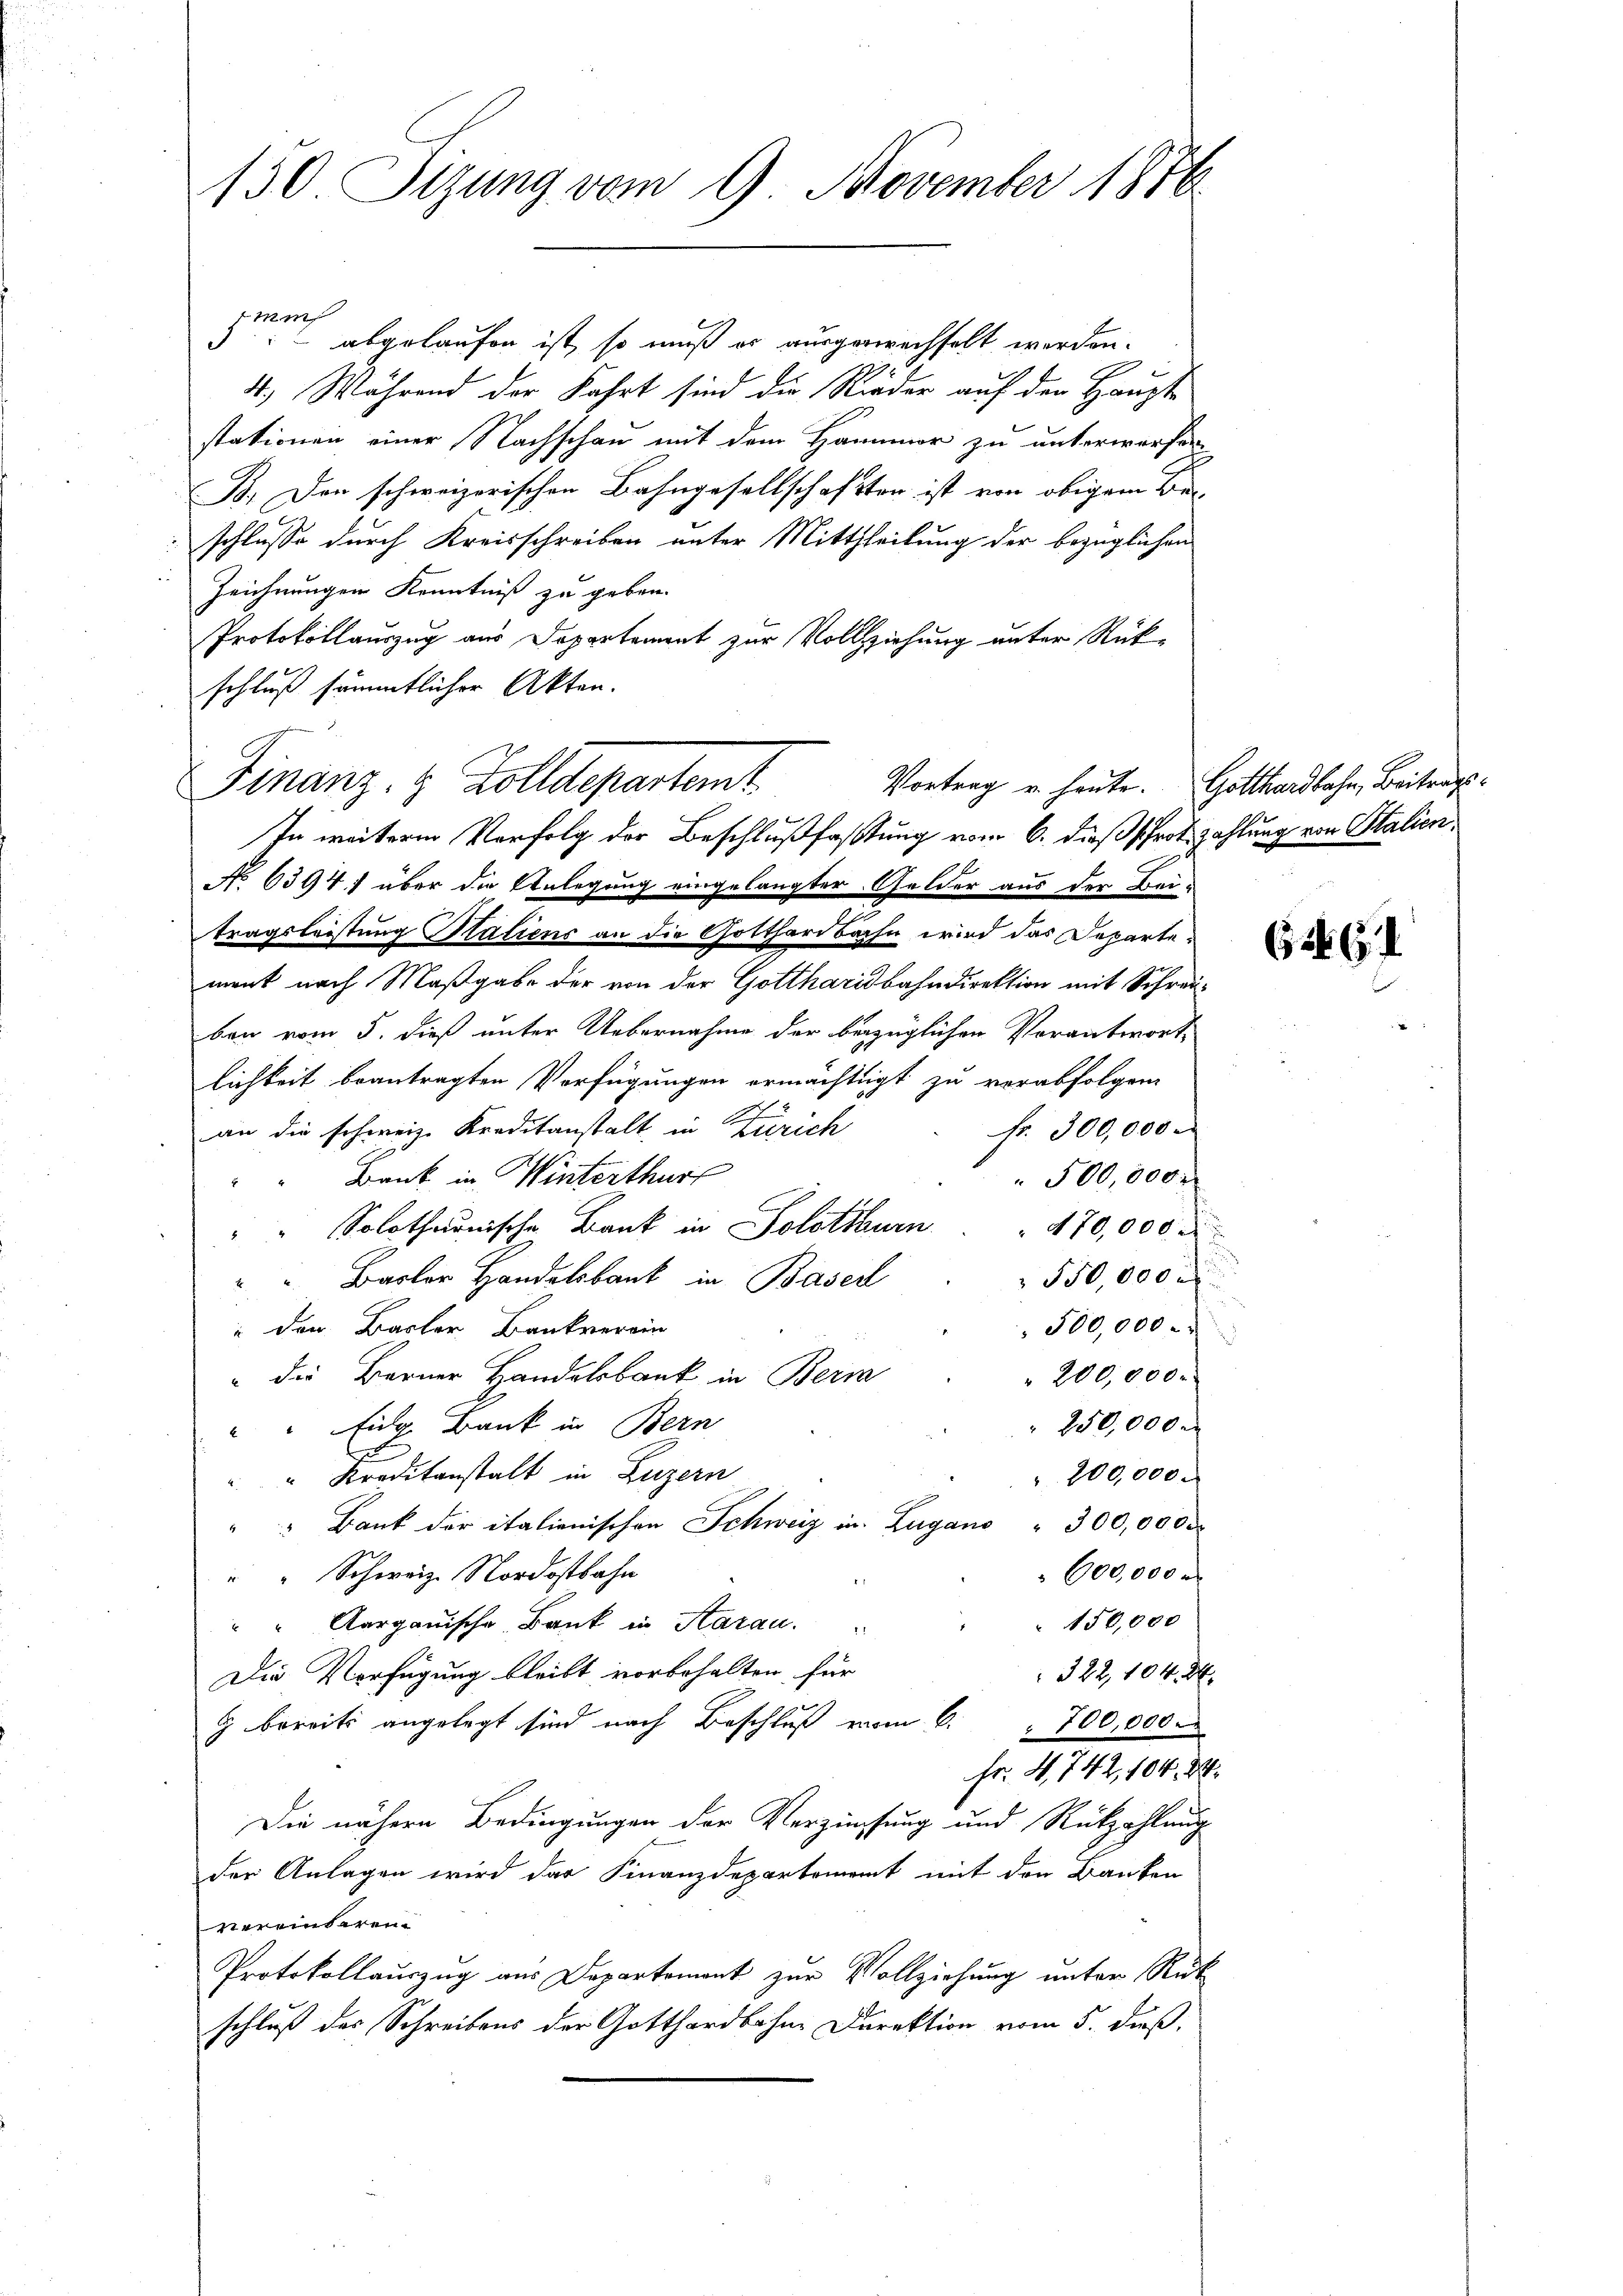
130. Sizung vom 9. November 1876

42. 412
: abgelaufen ist, so muß er ausgewechselt werden.
4.) Während der Fahrt sind die Rieder auf den Haupte
stationen einer Nachschau mit dem Harmor zu unterworfen
B. Der schweizerischen Bahngesellschaften ist von obigem Beschlusse durch Kreisschreiben unter Mittheilung der bezüglichen
Zeichnungen Kenntniß zu geben.
Protokollauszug aus Departement zur Vollziehung unter Rück-
schluß sämmtlicher Akten.
Finanz- & Zolldepartemt
In weitere Verfolg der Beschlußfasstung vom 6. dieß schrot zahlung von Stalien.
No 6394) über die Anlegung eingelangter Gelder aus der Beitragsleistung Statiens an die Gotthardbahn wird das Departement nach Maßgabe der von der Gotthardbahndirektion mit Schreiban vom 5. dieß unter Uebernahme der bezüglichen Vorantwort
lichkeit beantragten Verfügungen ermächtigt zu verabfolgen
an die schweiz. Kreditanstalt in Zürich
fr. 300,000
 Bank in Winterthurt
500,000.
" " Solothurnische Bank in Solothurn . . 170,000
550,000 M
"Basler Handelsbank in Basel
" den Basler Bankverein
500,000
" die Berner Handelsbank in Beri
 200,000.
250,000 M
" Eidg. Bank in Bern
be
"Kreditanstalt in Luzern
200,000.
" " Bank der italienischen Schweiz in Lugano " 300,0000
600,000
"" Schweiz. Nordostbahn
150,000
"" Aargauische Bank in Aarau.
322, 104. 2
Die Verfügung bleibt vorbehalten, für
 bereits angelegt sind nach Beschluß vom 6. 700,000
fr. 4, 742, 104. 22.
Die nähern Bedingungen der Verzinsung und Rückzahlung
der Anlagen wird der Finanzdepartement mit den Banken
vereinbaren.
Protokollauszug aus Departement zur Vollziehung unter Rük
schluß der Schreibens der Gotthardbahne Direktion vom 5. dieß.

Vortrag u. heute. Gotthardbahn, Beitrags¬

62. 6. 1